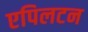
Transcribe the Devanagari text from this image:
एपिलटन